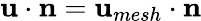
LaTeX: {\mathbf u}\cdot{\mathbf n}={\mathbf u}_{mesh}\cdot{\mathbf n}